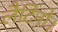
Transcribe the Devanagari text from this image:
लैटिनो।